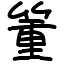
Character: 箽